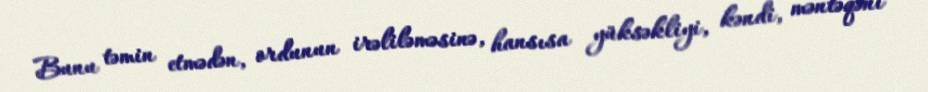
Bunu təmin etmədən, ordunun irəliləməsinə, hansısa yüksəkliyi, kəndi, məntəqəni